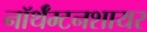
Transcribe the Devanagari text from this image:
नॉर्थॅम्टनशायर